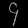
Digit: ၄